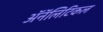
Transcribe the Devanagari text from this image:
ॲनॅलिटिकल